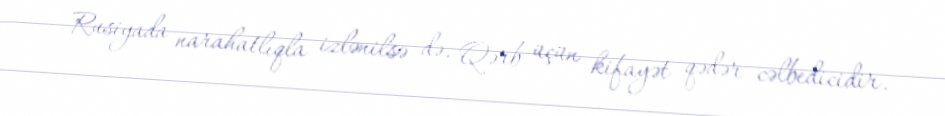
Rusiyada narahatlıqla izlənilsə də, Qərb üçün kifayət qədər cəlbedicidir.